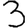
Digit: 3